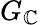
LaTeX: G_{\mathbb{C}}